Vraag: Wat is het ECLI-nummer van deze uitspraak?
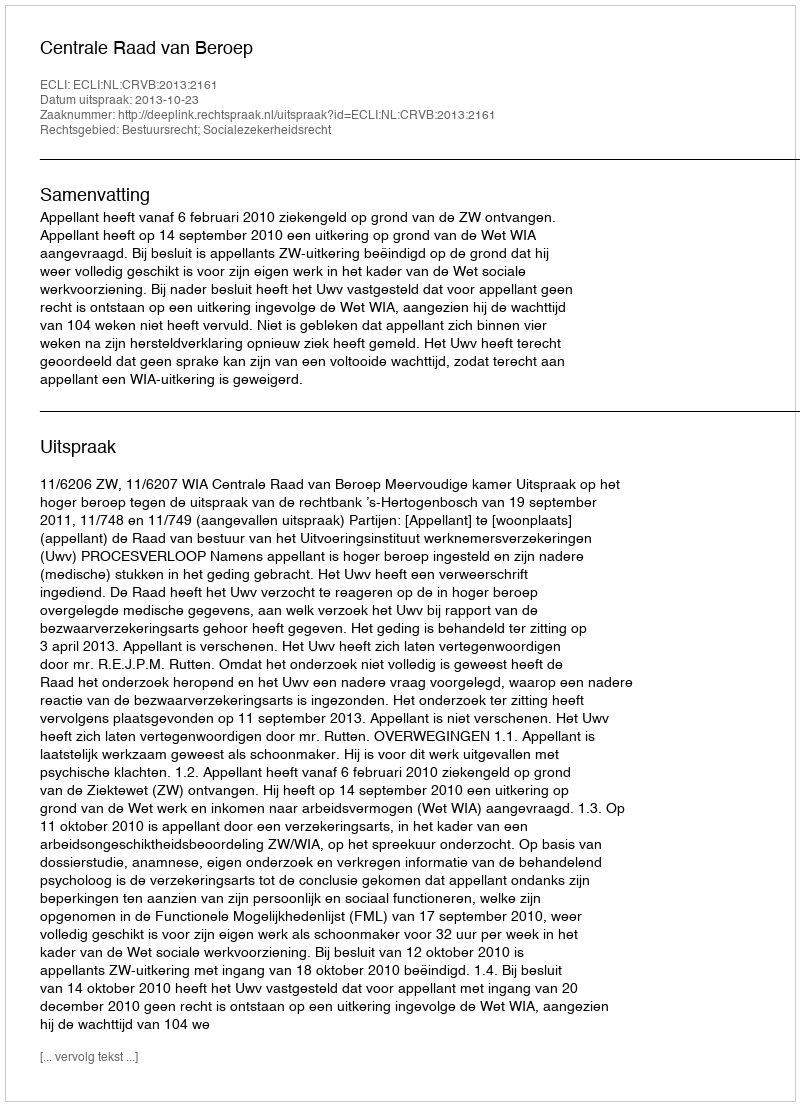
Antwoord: ECLI:NL:CRVB:2013:2161